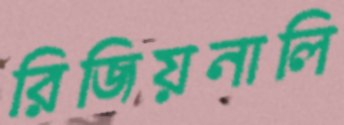
রিজিয়নালি